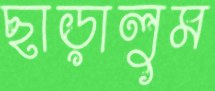
ছাড়ালুম